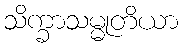
သိက္ခာသမ္မုတိယာ